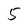
Character: 5